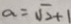
a = \sqrt { 2 } + 1